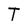
Character: T